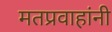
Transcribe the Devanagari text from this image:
मतप्रवाहांनी